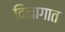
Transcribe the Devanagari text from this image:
दिनागात